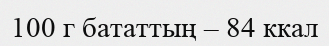
100 г бататтың – 84 ккал